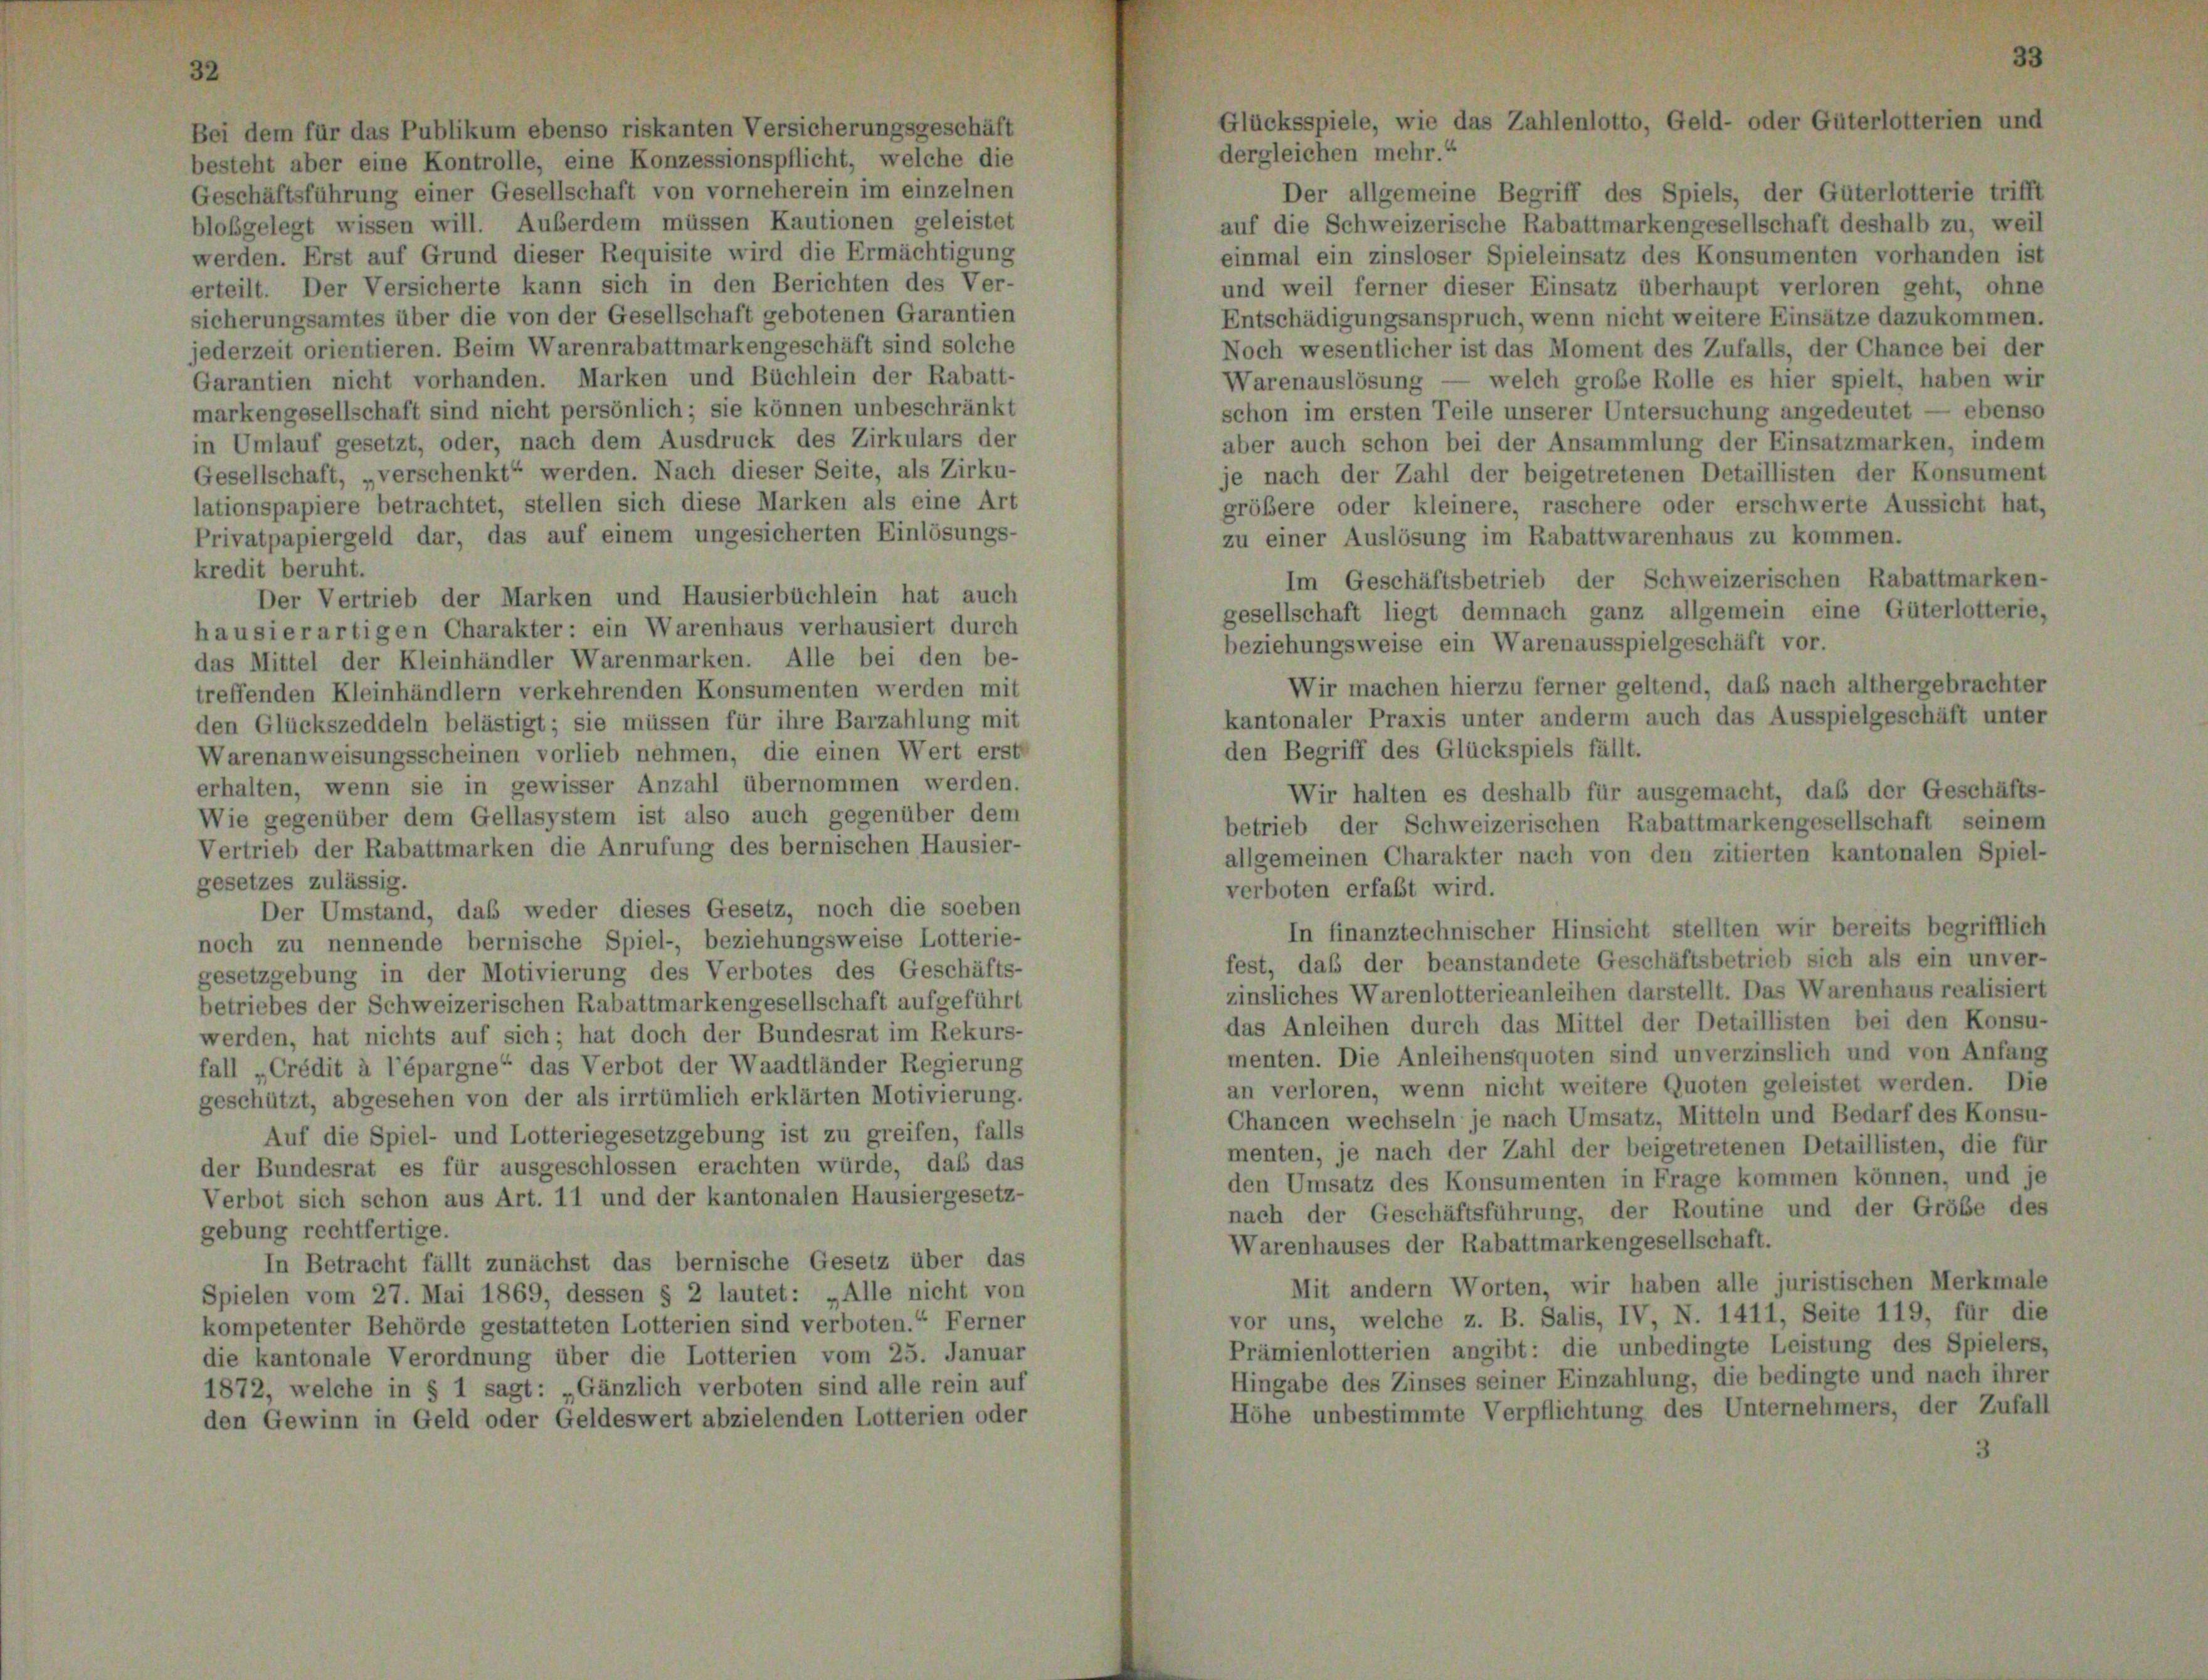
Bei dem für das Publikum ebenso riskanten Versicherungsgeschäft
dergleichen mehr.“
besteht aber eine Kontrolle, eine Konzessionspflicht, welche die
Geschäftsführung einer Gesellschaft von vorneherein im einzelnen
Der allgemeine Begriff des Spiels, der Güterlotterie trifft
blobgelegt wissen will. Außerdem müssen Kautionen geleistet
auf die Schweizerische Rabattmarkengesellschaft deshalb zu, weil
werden. Erst auf Grund dieser Requisite wird die Ermächtigung
einmal ein zinsloser Spieleinsatz des Konsumenten vorhanden
erteilt. Der Versicherte kann sich in den Berichten des Ver-
und weil ferner dieser Einsatz überhaupt verloren geht, ob
sicherungsamtes über die von der Gesellschaft gebotenen Garantien
Entschädigungsanspruch, wenn nicht weitere Einsätze dazukomm
jederzeit orientieren. Beim Warenrabattmarkengeschäft sind solche
Noch wesentlicher ist das Moment des Zufalls, der Chance bei
Garantien nicht vorhanden. Marken und Büchlein der Rabatt-
welch große Rolle es hier spielt, haben
Warenauslösung
markengesellschaft sind nicht persönlich; sie können unbeschränkt
schon im ersten Teile unserer Untersuchung angedeutet — ebes
in Umlauf gesetzt, oder, nach dem Ausdruck des Zirkulars der
aber auch schon bei der Ansammlung der Einsatzmarken, ind
Gesellschaft, „verschenkt“ werden. Nach dieser Seite, als Zirku-
je nach der Zahl der beigetretenen Detaillisten der Konsum
lationspapiere betrachtet, stellen sich diese Marken als eine Art
größere oder kleinere, raschere oder erschwerte Aussicht I
Privatpapiergeld dar, das auf einem ungesicherten Einlösungs-
zu einer Auslösung im Rabattwarenhaus zu kommen.
kredit beruht.
Im Geschäftsbetrieb der Schweizerischen Rabattmark
Der Vertrieb der Marken und Hausierbüchlein hat auch
gesellschaft liegt demnach ganz allgemein eine Güterlotte
hausierartigen Charakter: ein Warenhaus verhausiert durch
beziehungsweise ein Warenausspielgeschäft vor.
das Mittel der Kleinhändler Warenmarken. Alle bei den be-
Wir machen hierzu ferner geltend, daß nach althergebrac
treffenden Kleinhändlern verkehrenden Konsumenten werden mit
kantonaler Praxis unter anderm auch das Ausspielgeschäft un
den Glückszeddeln belästigt; sie müssen für ihre Barzahlung mit
den Begriff des Glückspiels fällt.
Warenanweisungsscheinen vorlieb nehmen, die einen Wert erst
erhalten, wenn sie in gewisser Anzahl übernommen werden.
Wir halten es deshalb für ausgemacht, daß der Geschä
Wie gegenüber dem Gellasystem ist also auch gegenüber dem
betrieb der Schweizerischen Rabattmarkengesellschaft sei
Vertrieb der Rabattmarken die Anrufung des bernischen Hausier-
allgemeinen Charakter nach von den zitierten kantonalen Sp
gesetzes zulässig.
verboten erfaßt wird.
Der Umstand, daß weder dieses Gesetz, noch die soeben
In finanztechnischer Hinsicht stellten wir bereits begrifft
noch zu nennende bernische Spiel-, beziehungsweise Lotterie-
fest, daß der beanstandete Geschäftsbetrieb sich als ein und
gesetzgebung in der Motivierung des Verbotes des Geschäfts-
zinsliches Warenlotterieanleihen darstellt. Das Warenhaus realis
betriebes der Schweizerischen Rabattmarkengesellschaft aufgeführt
das Anleihen durch das Mittel der Detaillisten bei den Ko-
werden, hat nichts auf sich; hat doch der Bundesrat im Rekurs-
menten. Die Anleihensquoten sind unverzinslich und von Anfr
fall „Crédit à l’épargne“ das Verbot der Waadtländer Regierung
an verloren, wenn nicht weitere Quoten geleistet werden.
geschützt, abgesehen von der als irrtümlich erklärten Motivierung.
Chancen wechseln je nach Umsatz, Mitteln und Bedarf des Kon
Auf die Spiel- und Lotteriegesetzgebung ist zu greifen, falls
menten, je nach der Zahl der beigetretenen Detaillisten, die
der Bundesrat es für ausgeschlossen erachten würde, daß das
den Umsatz des Konsumenten in Frage kommen können, und
Verbot sich schon aus Art. 11 und der kantonalen Hausiergesetz-
nach der Geschäftsführung, der Routine und der Größe
gebung rechtfertige.
Warenhauses der Rabattmarkengesellschaft.
In Betracht fällt zunächst das bernische Gesetz über das
Mit andern Worten, wir haben alle juristischen Merke
Spielen vom 27. Mai 1869, dessen § 2 lautet: „Alle nicht von
vor uns, welche z. B. Salis, IV, N. 1411, Seite 119, für
kompetenter Behörde gestatteten Lotterien sind verboten.“ Ferner
Prämienlotterien angibt: die unbedingte Leistung des Spiel
die kantonale Verordnung über die Lotterien vom 25. Januar
Hingabe des Zinses seiner Einzahlung, die bedingte und nach i
1872, welche in § 1 sagt: „Gänzlich verboten sind alle rein auf
Höhe unbestimmte Verpflichtung des Unternehmers, der Zu
den Gewinn in Geld oder Geldeswert abzielenden Lotterien oder

Glücksspiele, wie das Zahlenlotto, Geld- oder Güterlotterien und